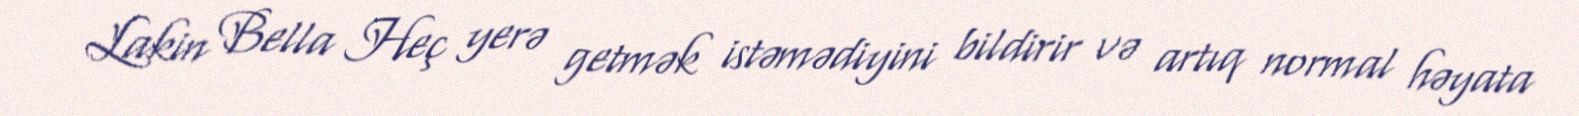
Lakin Bella Heç yerə getmək istəmədiyini bildirir və artıq normal həyata